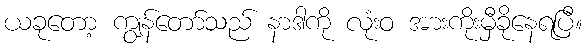
ယခုတော့ ကျွန်တော်သည် နာဒါကို လုံးဝ အားကိုးမှီခိုနေရပြီ။